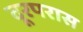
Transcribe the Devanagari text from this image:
दूरपरास